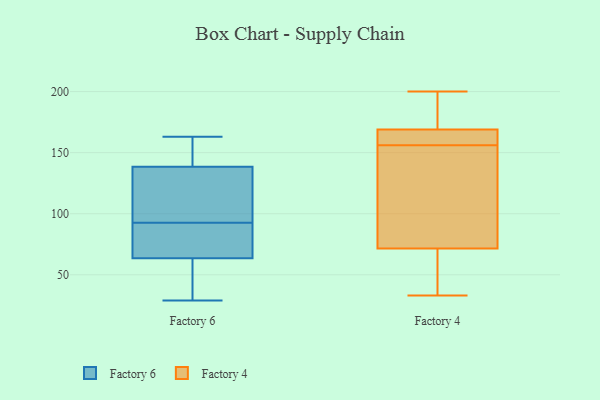
{"axis": {"x": "Budget (USD K)", "y": "Value"}, "legend": ["Factory 4", "Factory 6"], "data": [{"x": "", "y": 45, "type": "Factory 6"}, {"x": "", "y": 122, "type": "Factory 6"}, {"x": "", "y": 96, "type": "Factory 6"}, {"x": "", "y": 109, "type": "Factory 6"}, {"x": "", "y": 56, "type": "Factory 6"}, {"x": "", "y": 71, "type": "Factory 6"}, {"x": "", "y": 155, "type": "Factory 6"}, {"x": "", "y": 83, "type": "Factory 6"}, {"x": "", "y": 163, "type": "Factory 6"}, {"x": "", "y": 89, "type": "Factory 6"}, {"x": "", "y": 163, "type": "Factory 6"}, {"x": "", "y": 29, "type": "Factory 6"}, {"x": "", "y": 162, "type": "Factory 4"}, {"x": "", "y": 156, "type": "Factory 4"}, {"x": "", "y": 33, "type": "Factory 4"}, {"x": "", "y": 199, "type": "Factory 4"}, {"x": "", "y": 143, "type": "Factory 4"}, {"x": "", "y": 62, "type": "Factory 4"}, {"x": "", "y": 169, "type": "Factory 4"}, {"x": "", "y": 200, "type": "Factory 4"}, {"x": "", "y": 60, "type": "Factory 4"}, {"x": "", "y": 169, "type": "Factory 4"}, {"x": "", "y": 100, "type": "Factory 4"}]}